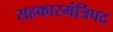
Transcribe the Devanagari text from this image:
सहकारमंत्रिपद